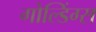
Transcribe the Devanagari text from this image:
गोल्डिंग्स